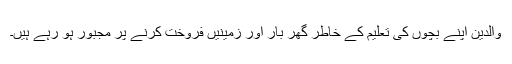
والدین اپنے بچوں کی تعلیم کے خاطر گھر بار اور زمینیں فروخت کرنے پر مجبور ہو رہے ہیں۔